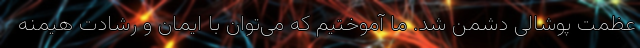
عظمت پوشالی دشمن شد. ما آموختیم که می‌توان با ایمان و رشادت هیمنه